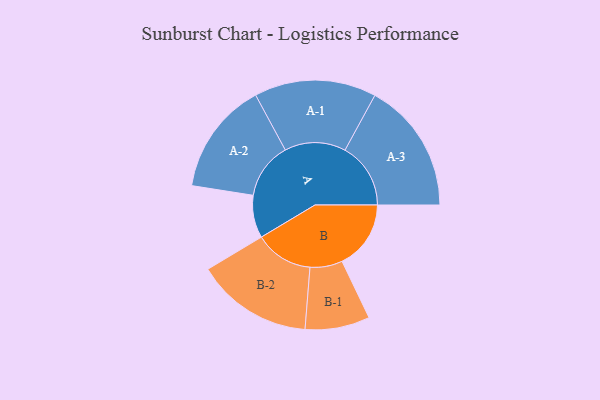
{"axis": {"x": "Segment", "y": "Value"}, "legend": ["", "A", "B"], "data": [{"x": "A", "y": 174, "type": ""}, {"x": "B", "y": 281, "type": ""}, {"x": "A-1", "y": 249, "type": "A"}, {"x": "A-2", "y": 230, "type": "A"}, {"x": "A-3", "y": 268, "type": "A"}, {"x": "B-1", "y": 132, "type": "B"}, {"x": "B-2", "y": 238, "type": "B"}]}